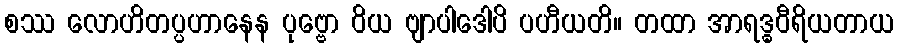
စဿ လောဟိတပ္ပဟာနေန ပုဗ္ဗော ဝိယ ဗျာပါဒေါပိ ပဟီယတိ။ တထာ အာရဒ္ဓဝီရိယတာယ